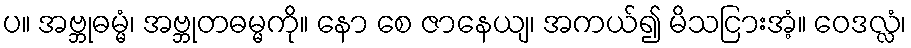
ပ။ အဗ္ဘုဓမ္မံ၊ အဗ္ဘုတဓမ္မကို။ နော စေ ဇာနေယျ၊ အကယ်၍ မိသငြားအံ့။ ဝေဒလ္လံ၊